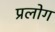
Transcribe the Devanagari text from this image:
प्रलोग